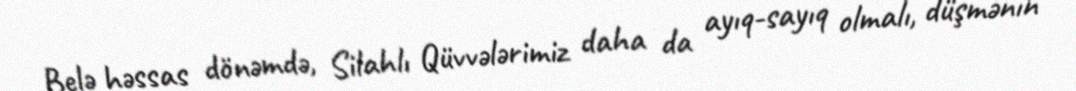
Belə həssas dönəmdə, Silahlı Qüvvələrimiz daha da ayıq-sayıq olmalı, düşmənin